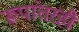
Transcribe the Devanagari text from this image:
रूपांतरही